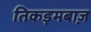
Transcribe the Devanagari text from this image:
तिकड़मबाज़